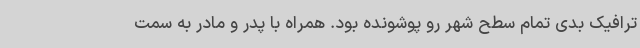
ترافیک بدی تمام سطح شهر رو پوشونده بود. همراه با پدر و مادر به سمت